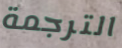
الترجمة